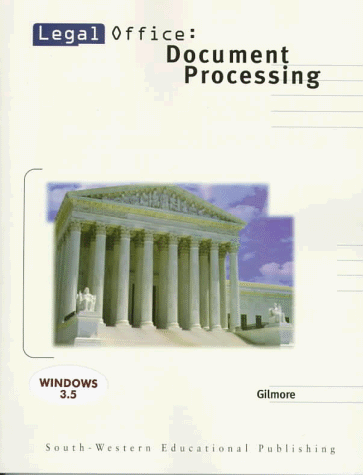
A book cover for Legal Office: Document Processing (with Template); Diane M. Gilmore; Law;